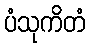
ပံသုကိတံ